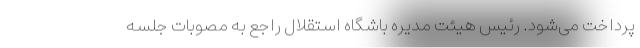
پرداخت می‌شود. رئیس هیئت مدیره باشگاه استقلال راجع به مصوبات جلسه